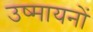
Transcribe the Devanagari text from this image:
उष्मायनों